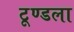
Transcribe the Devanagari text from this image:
टूण्‍डला